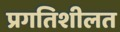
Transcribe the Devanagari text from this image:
प्रगतिशीलत